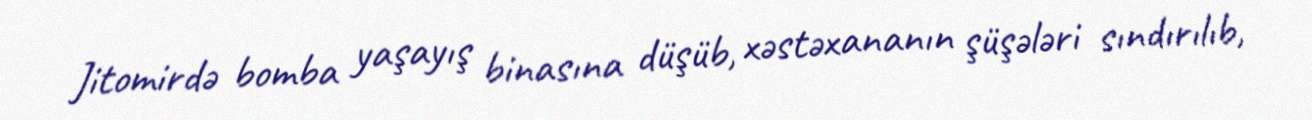
Jitomirdə bomba yaşayış binasına düşüb, xəstəxananın şüşələri sındırılıb,